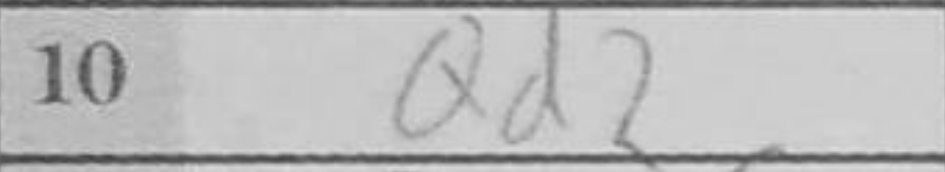
Transcription: Qd2